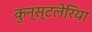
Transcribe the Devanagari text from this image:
कुन्स्टलेरिया